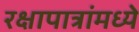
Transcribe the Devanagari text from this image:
रक्षापात्रांमध्ये